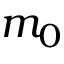
m _ { 0 }